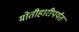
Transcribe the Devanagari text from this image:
मोतीहारीपर्यंत